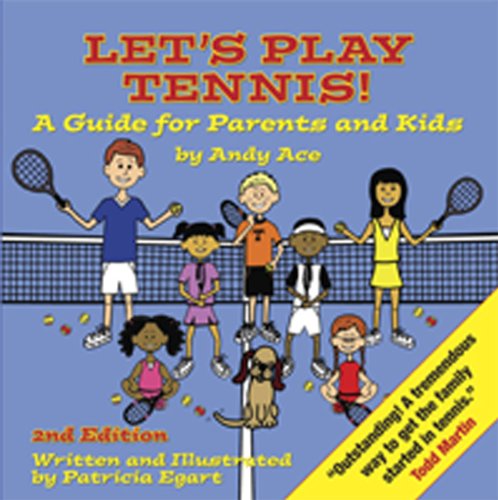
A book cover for Let's Play Tennis! A Guide for Parents and Kids by Andy Ace, 2nd edition; Patricia Egart; Children's Books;